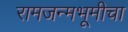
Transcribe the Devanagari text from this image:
रामजन्मभूमीचा